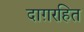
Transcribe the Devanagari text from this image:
दाग़रहित